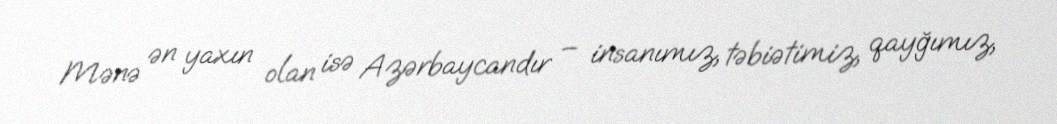
Mənə ən yaxın olan isə Azərbaycandır – insanımız, təbiətimiz, qayğımız,